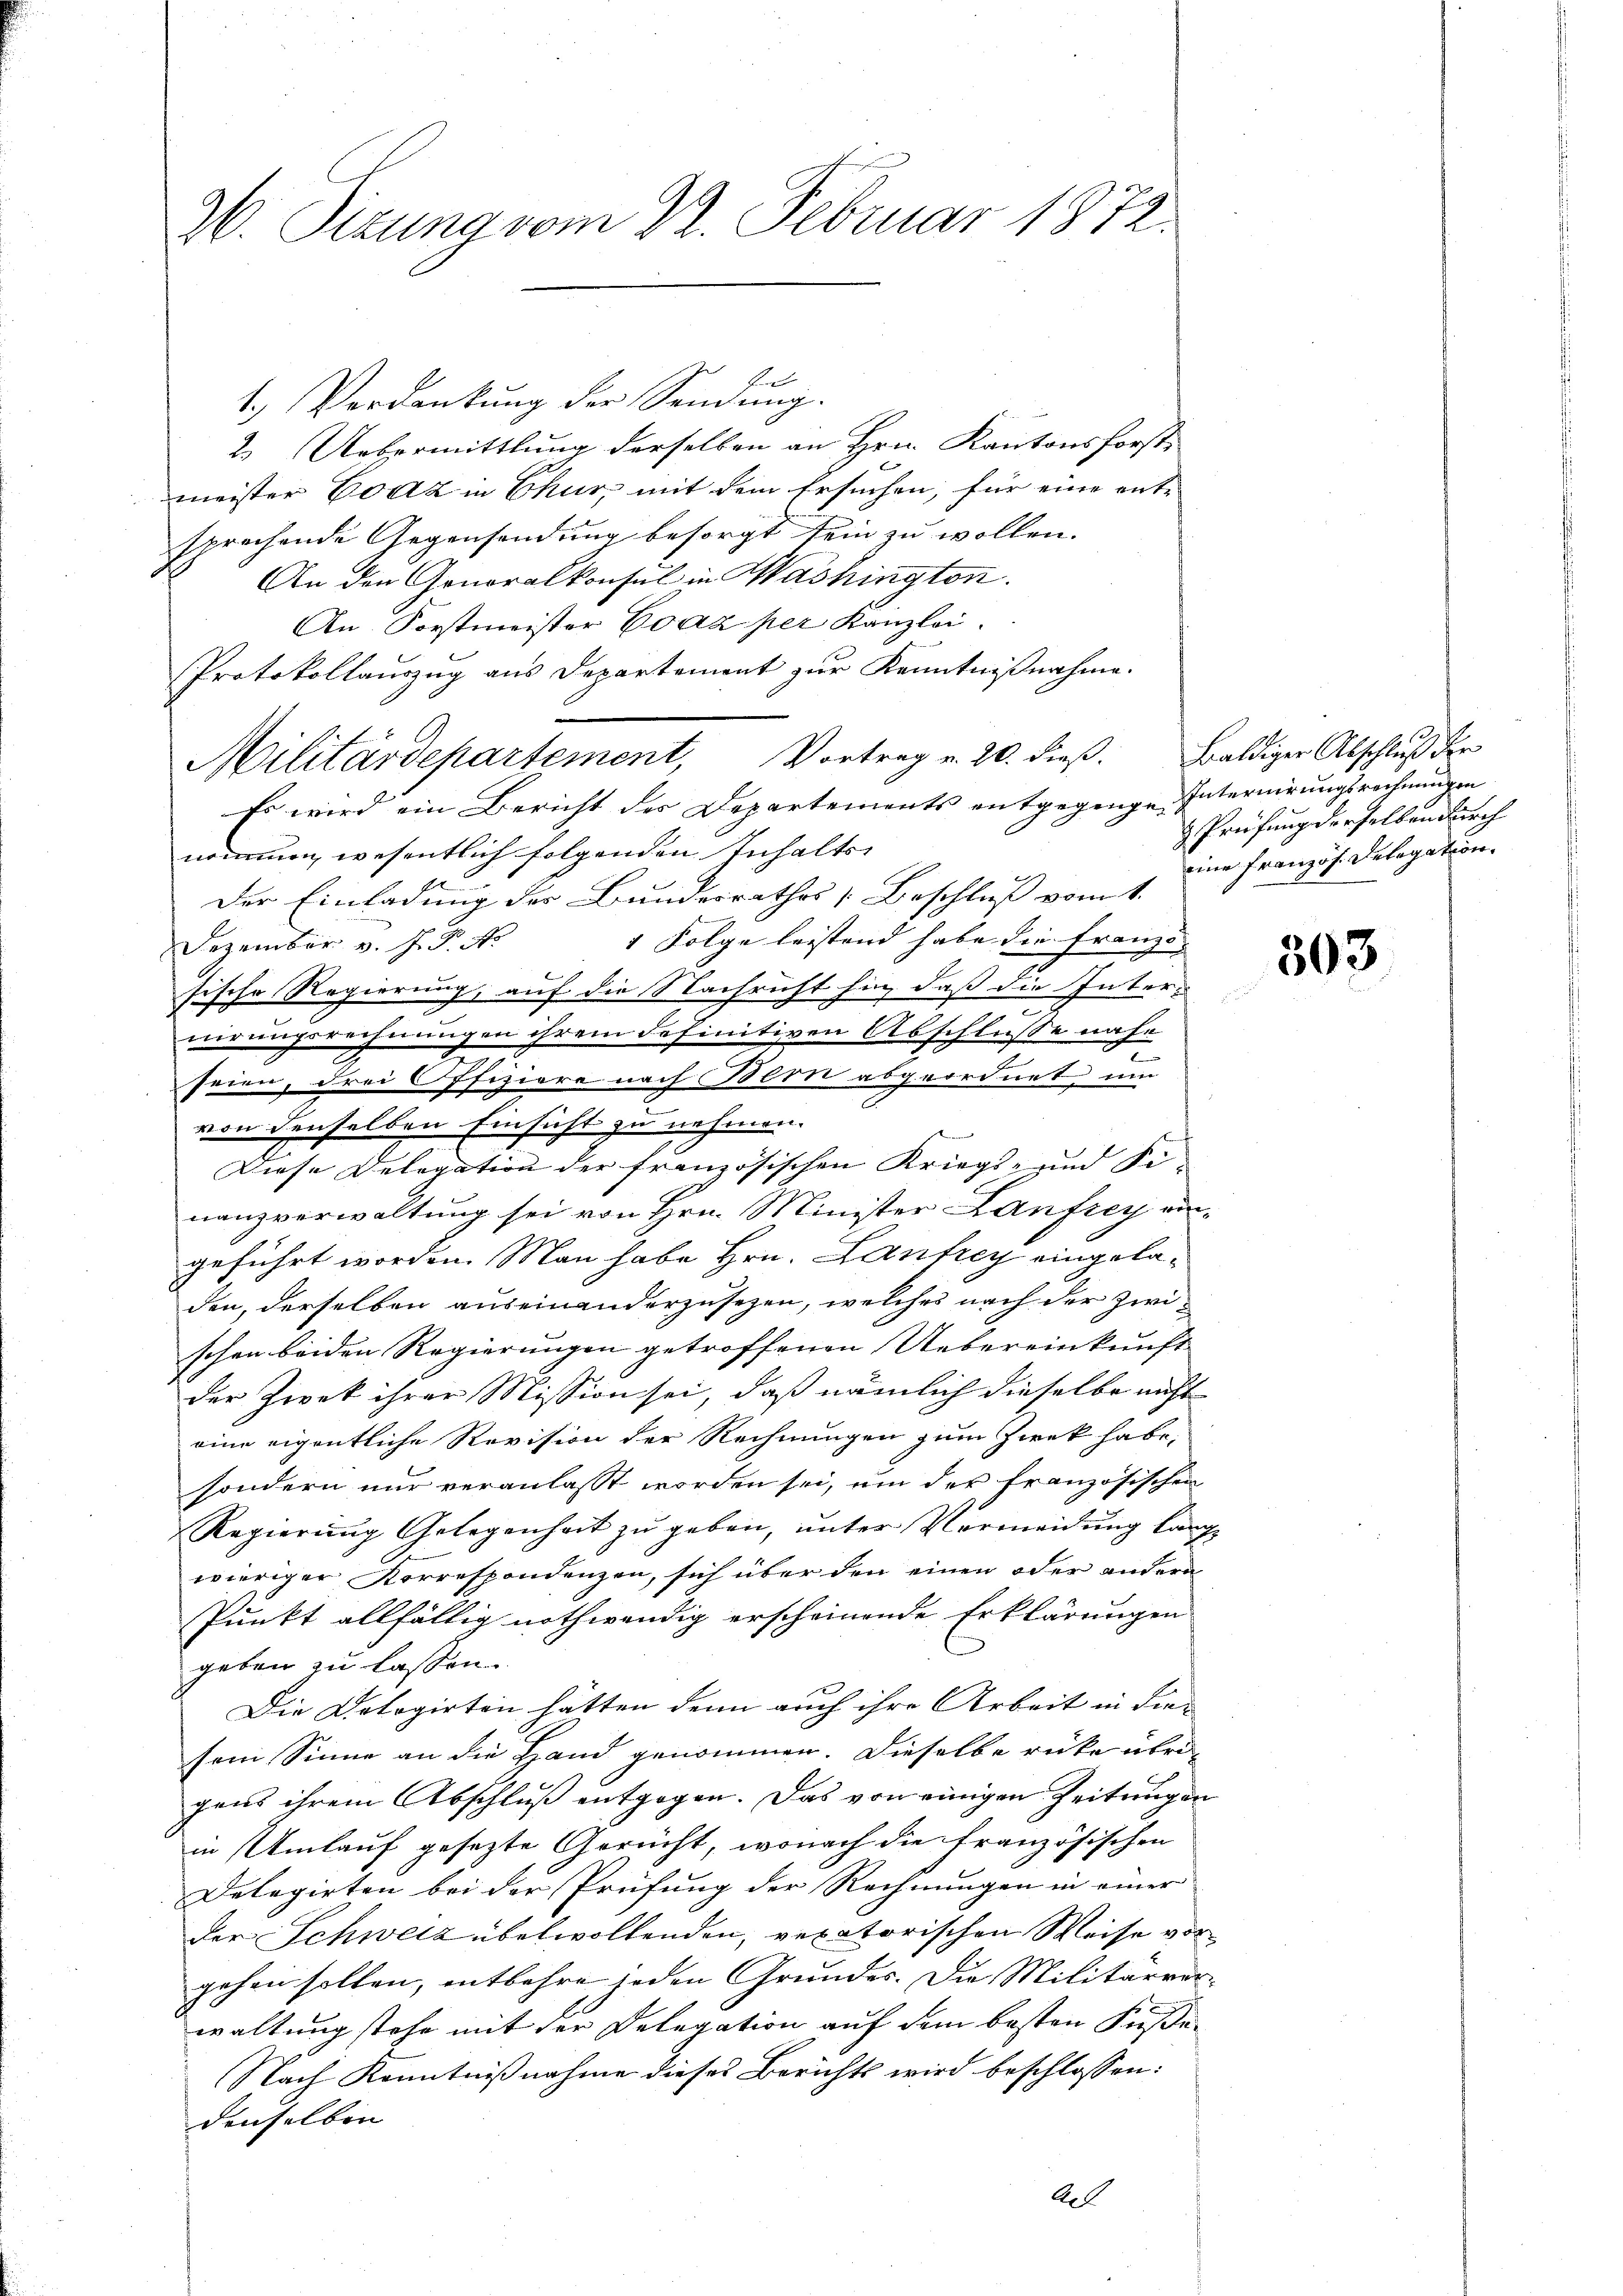
26. Sitzung vom 22. Februar 1872.

1.) Verdankung der Sendung.
2. Uebermittlung derselben an Hrn. Kantonsforst-
meister Erz in Chur, mit dem Ersuchen, für eine ent-
sprechende Gegensendung besorgt sein zu wollen.
An den Generalkonsul in Washington.
An Forstmeister Coaz per Kanzlei.
Protokollauszug aus Departement zur Kenntnißnahme.
Militärdepartement, Vortrag v. 20. dieß. Baldiger Abschluß der
Es wird ein Bericht des Departements entgegenge Internirungsrechnungen
nommen, wesentlich folgenden Inhalts-
Der Einladung des Bundesrathes [Beschluß vom 1.
1 Folge leistend habe die Franz- |
Dezember v. J. P. N
kant.
sische Regierung, auf die Nachricht hin, daß die Inter-
nirungsrechnungen ihrem definitiven Abschlusse nahe
.
seien, drei Offiziere nach Bern abgeordnet um
von denselben Einsicht zu nehmen.
Diese Delegation der französischen Kriegs- und Fi-
nanzverwaltung sei von Hrn. Minister Lanfrey angeführt worden. Man habe Hrn. Laufrey eingeladen, derselben auseinanderzusezen, welches nach der zwischon beiden Regierungen getroffenen Uebereinkunft
der Zwek ihrer Mission sei, daß nämlich dieselbe nicht
eine eigentliche Revision der Rechnungen zum Zwek habe,
sondern nur veranlasst worden sei, um der französischen
Regierung Gelegenheit zu geben, unter Vermeidung läng
wieriger Korrespondenzen, sich über den einen oder andern
Punkt allfältig nothwendig erscheinende Erklärungen
geben zu lassen.
Die Datogirten hätten denn auch ihre Arbeit in die- |
sem Sinne an die Hand genommen. Dieselbe rücke übri
gens ihrem Abschluß entgegen. Das von einigen Zeitungen
in Umlauf gesezte Gerucht, wonach die französischen
Delegirten bei der Prüfung der Rechnungen in einer
der Schweiz übelwollenden, vexatorischen Weise vor
gehen sollen, entbehre jeden Grundes. Die Militärverwaltung stehe mit der Delegation auf dem besten Küße
Nach Kenntnißnahme dieses Berichts wird beschlossen:
denselben
Al

e

Prüfung derselben durch
eine Französ. Delegation.

303